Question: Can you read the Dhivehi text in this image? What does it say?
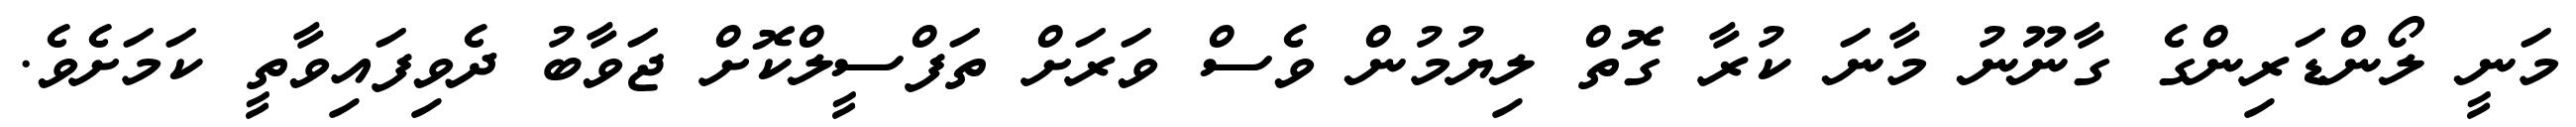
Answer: މަނީ ލޯންޑަރިންގެ ގާނޫނު މާނަ ކުރާ ގޮތް ލިޔުމުން ވެސް ވަރަށް ތަފްސީލްކޮށް ޖަވާބު ދެވިފައިވާތީ ކަމަށެވެ.